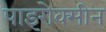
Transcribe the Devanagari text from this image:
पाइरोक्सीन